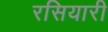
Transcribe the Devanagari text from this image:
रसियारी